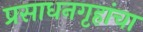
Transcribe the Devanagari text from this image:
प्रसाधनगृहांचा